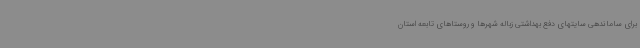
برای ساماندهی سایتهای دفع بهداشتی زباله شهرها و روستاهای تابعه استان